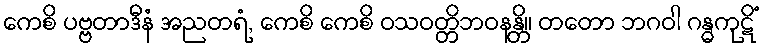
ကေစိ ပဗ္ဗတာဒီနံ အညတရံ, ကေစိ ကေစိ ဝသဝတ္တိဘဝနန္တိ။ တတော ဘဂဝါ ဂန္ဓကုဋိံ